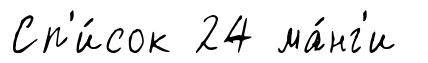
Сп'и́сок 24 ма́нг'и